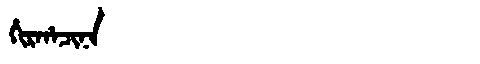
Manchu: ᡥᡳᡵᡥᠠᠴᡳᠨᠠ
Romanization: HIRHACINA